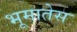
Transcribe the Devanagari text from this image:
भूमातेस